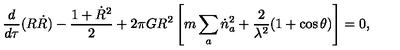
\frac { d } { d \tau } ( R \dot { R } ) - \frac { 1 + \dot { R } ^ { 2 } } { 2 } + 2 \pi G R ^ { 2 } \left[ m \sum _ { a } \dot { n } _ { a } ^ { 2 } + \frac { 2 } { \lambda ^ { 2 } } ( 1 + \cos \theta ) \right] = 0 ,